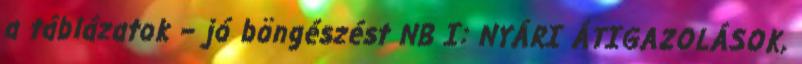
a táblázatok – jó böngészést NB I: NYÁRI ÁTIGAZOLÁSOK,